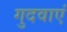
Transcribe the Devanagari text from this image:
गुदवाएं